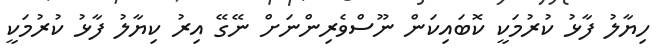
ހިޔާލު ފާޅު ކުރުމަކީ ކޮބައިކަން ނޫސްވެރިންނަށް ނޭގޭ އިރު ކިޔާލު ފާޅު ކުރުމަކީ